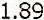
1.89